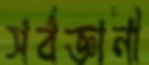
সর্বজ্ঞানী